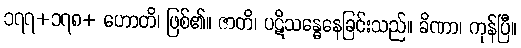
၁၇၇+၁၇၈+ ဟောတိ၊ ဖြစ်၏။ ဇာတိ၊ ပဋိသန္ဓေနေခြင်းသည်။ ခိဏာ၊ ကုန်ပြီ။